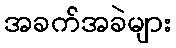
အခက်အခဲများ